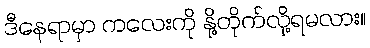
ဒီနေရာမှာ ကလေးကို နို့တိုက်လို့ရမလား။